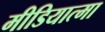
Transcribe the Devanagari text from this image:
मीडियात्मा